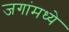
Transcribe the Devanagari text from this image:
जगांमध्ये